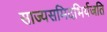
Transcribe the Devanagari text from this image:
साज्यसमिदभिर्यजति